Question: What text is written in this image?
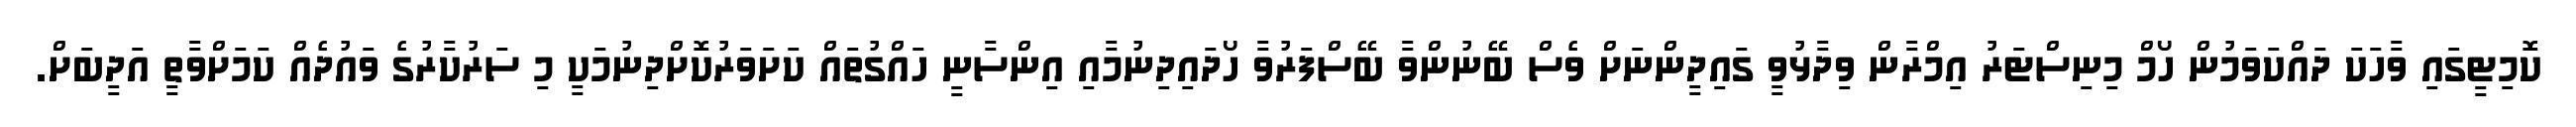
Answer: ކޮމިޓީގައި ވާހަކަ ދައްކަވަމުން ހޯމް މިނިސްޓަރު އިމްރާން ވިދާޅުވީ ގައިދީންނަށް ވެސް ބޭނުންވާ ބޭސްފަރުވާ ހޯދައިދިނުމާއި އިންސާނީ ހައްގުތައް ކަށަވަރުކޮށްދިނުމަކީ މި ސަރުކާރުގެ ވައުދެއް ކަމަށްވާތީ އަދީބަށް.